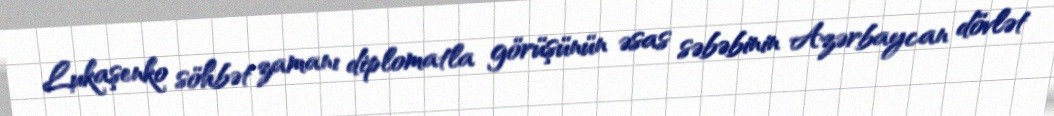
Lukaşenko söhbət zamanı diplomatla görüşünün əsas səbəbinin Azərbaycan dövlət